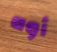
أوه